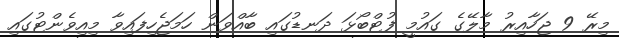
މިރޭ 9 ޖަހާއިރު މާލޭގެ ގައުމީ ފުޓްބޯޅަ ދަނޑުގައި ބާއްވަން ހަމަޖެހިފައިވާ މިއިވެންޓުގައި